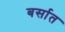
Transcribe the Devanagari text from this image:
बर्सात